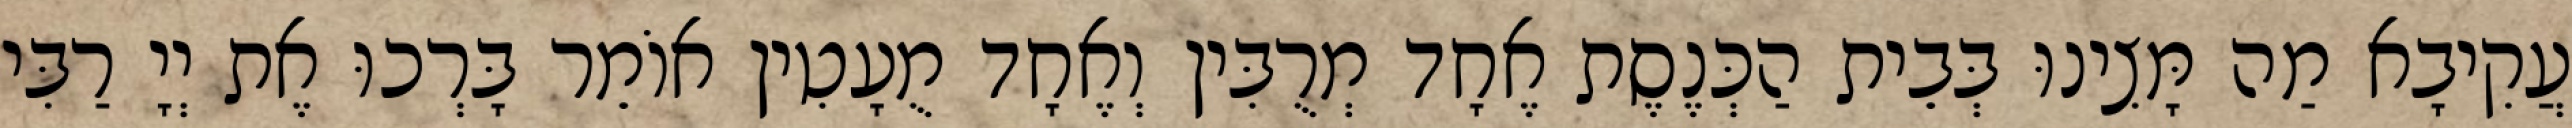
עֲקִיבָא מַה מָּצִינוּ בְּבֵית הַכְּנֶסֶת אֶחָד מְרֻבִּין וְאֶחָד מֻעָטִין אוֹמֵר בָּרְכוּ אֶת יְיָ רַבִּי